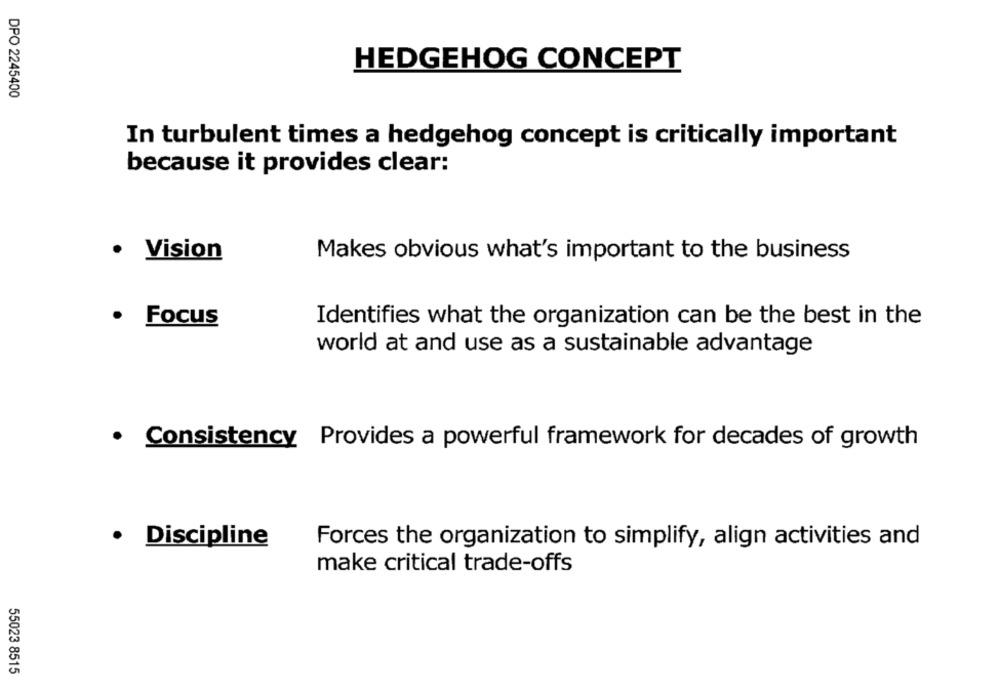
HEDGEHOG CONCEPT
DPO 2245400
In turbulent times a hedgehog concept is critically important
because it provides clear:
· Vision
Makes obvious what's important to the business
.
Focus
Identifies what the organization can be the best in the
world at and use as a sustainable advantage
· Consistency Provides a powerful framework for decades of growth
· Discipline
Forces the organization to simplify, align activities and
make critical trade-offs
55023 8515